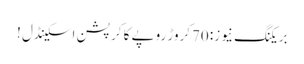
بریکنگ نیوز: 70کروڑ روپے کا کرپشن اسکینڈل !